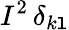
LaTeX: I^{2}\, \delta_{k\mathtt{l}}